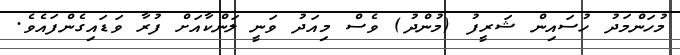
މުހަންމަދު ހުސައިން ޝަރީފު (މުންދު) ވެސް މިއަދު ވަނީ ލަންކާއަށް ފުރާ ވަޑައިގެންފައެވެ.